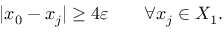
| x _ { 0 } - x _ { j } | \geq 4 \varepsilon \qquad \forall x _ { j } \in X _ { 1 } .